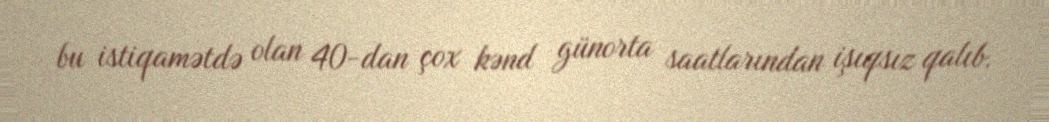
bu istiqamətdə olan 40-dan çox kənd günorta saatlarından işıqsız qalıb.